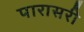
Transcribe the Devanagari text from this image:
पारासरी